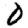
Digit: 0